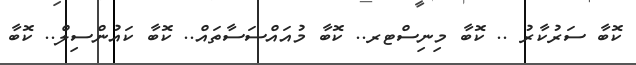
ކޮބާ ސަރުކާރު .. ކޮބާ މިނިސްޓރ.. ކޮބާ މުއައްސަސާތައް.. ކޮބާ ކައުންސިލް.. ކޮބާ